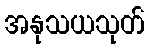
အနုသယသုတ်